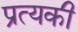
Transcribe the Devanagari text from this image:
प्रत्यकी